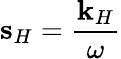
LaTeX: {\mathbf s}_{H}=\frac{\mathbf{k}_{H}}{\omega}